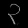
Digit: ၃